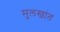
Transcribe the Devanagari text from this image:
मुलखांत